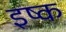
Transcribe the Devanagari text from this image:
इष्क